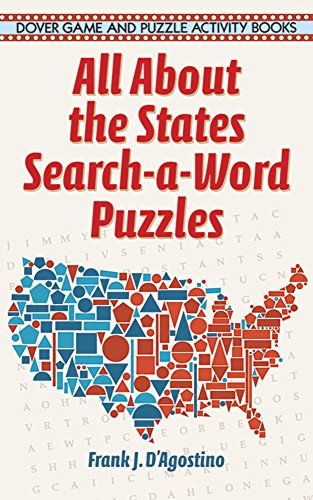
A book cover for All About the States: Search-a-Word Puzzles; Frank J. D'Agostino; Humor & Entertainment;